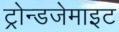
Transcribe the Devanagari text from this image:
ट्रोन्डजेमाइट